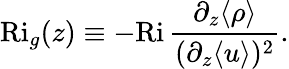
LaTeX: \mathrm{Ri}_{g}(z)\equiv-\mathrm{Ri}\, \frac{\partial_{z}\langle\rho\rangle}{(\partial_{z}\langle u\rangle)^{2}}.